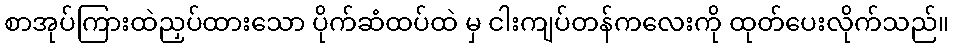
စာအုပ်ကြားထဲညှပ်ထားသော ပိုက်ဆံထပ်ထဲ မှ ငါးကျပ်တန်ကလေးကို ထုတ်ပေးလိုက်သည်။